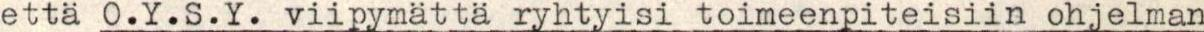
etta O.Y.S.Y. viipymättä ryhtyisi toimeenpiteisiin ohjelman